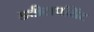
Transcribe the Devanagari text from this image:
डवीलपमिंट